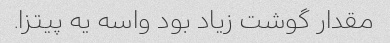
مقدار گوشت زیاد بود واسه یه پیتزا.